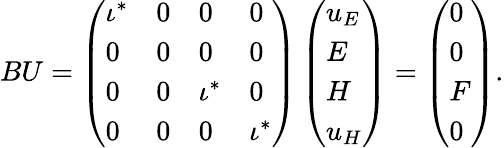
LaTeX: BU=\left(\begin{array}{llll}{\iota^{\ast}}&{0}&{0}&{0}\\ {0}&{0}&{0}&{0}\\ {0}&{0}&{\iota^{\ast}}&{0}\\ {0}&{0}&{0}&{\iota^{\ast}}\end{array}\right)\left(\begin{array}{l}{u_{E}}\\ {E}\\ {H}\\ {u_{H}}\end{array}\right)=\left(\begin{array}{l}{0}\\ {0}\\ {F}\\ {0}\end{array}\right).